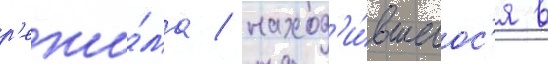
р'ежи́ма / наход'и́вшегос'я в